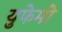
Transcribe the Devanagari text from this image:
युफेमो